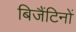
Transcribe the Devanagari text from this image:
बिजैंटिनों